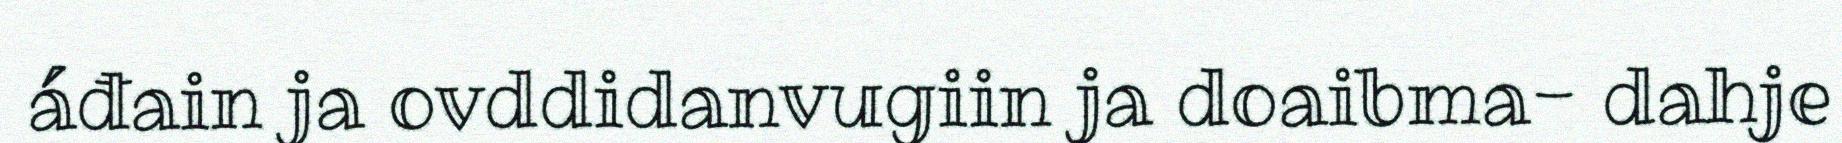
áđain ja ovddidanvugiin ja doaibma- dahje